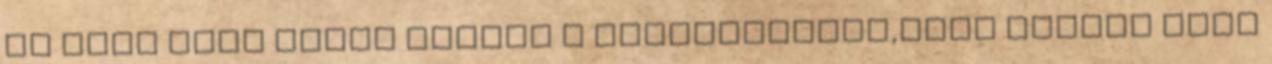
az edző lány arról beszél a barátnőjének,hogy milyen nagy